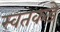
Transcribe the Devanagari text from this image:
स्वतकडे